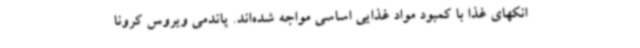
انکهای غذا با کمبود مواد غذایی اساسی مواجه شده‌اند. پاندمی ویروس کرونا